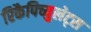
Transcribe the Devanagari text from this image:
रिकैपिच्युलेट्स